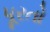
પૂરતો